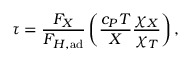
\tau = { \frac { F _ { X } } { F _ { H , \mathrm { a d } } } } \left( { \frac { c _ { P } T } { X } } { \frac { \chi _ { X } } { \chi _ { T } } } \right) ,